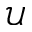
\mathcal { U }